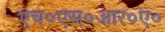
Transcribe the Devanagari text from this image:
एच०एस०आर०ए०